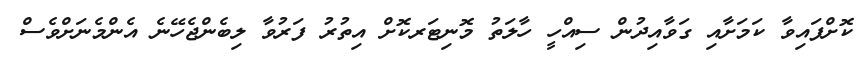
ކޮށްފައިވާ ކަމަށާއި ގަވާއިދުން ސިއްހީ ހާލަތު މޮނިޓަރކޮށް އިތުރު ފަރުވާ ލިބެންޖެހޭނެ އެންމެނަށްވެސް